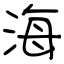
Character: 海